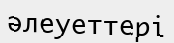
әлеуеттері